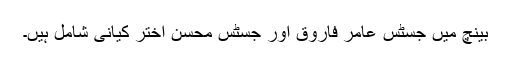
بینچ میں جسٹس عامر فاروق اور جسٹس محسن اختر کیانی شامل ہیں۔